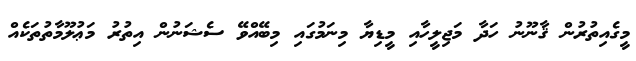
މީގެއިތުރުން ޤާނޫނު ހަދާ މަޖިލީހާއި މީޑިޔާ މިނަމުގައި މިބޭއްވޭ ސެޝަނުން އިތުރު މަޢުލޫމާތުތަކެއް